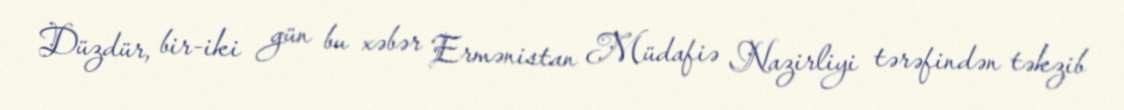
Düzdür, bir-iki gün bu xəbər Ermənistan Müdafiə Nazirliyi tərəfindən təkzib